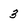
Character: 3